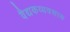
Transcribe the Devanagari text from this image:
वैद्यकव्यवसाय